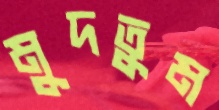
মুদতুম